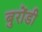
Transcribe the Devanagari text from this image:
बुरोंडी